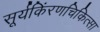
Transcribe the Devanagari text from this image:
सूर्यकिंरणचिकित्सा